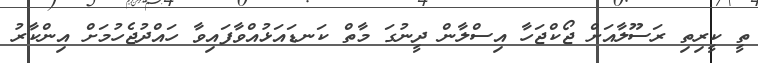
ތީ ކީރިތި ރަސޫލާއަށް ޖޯކްޖަހާ އިސްލާން ދީނުގަ މާތް ކަނޑައަޅުއްވާފައިވާ ހައްދުޖެހުމަށް އިންކާރު